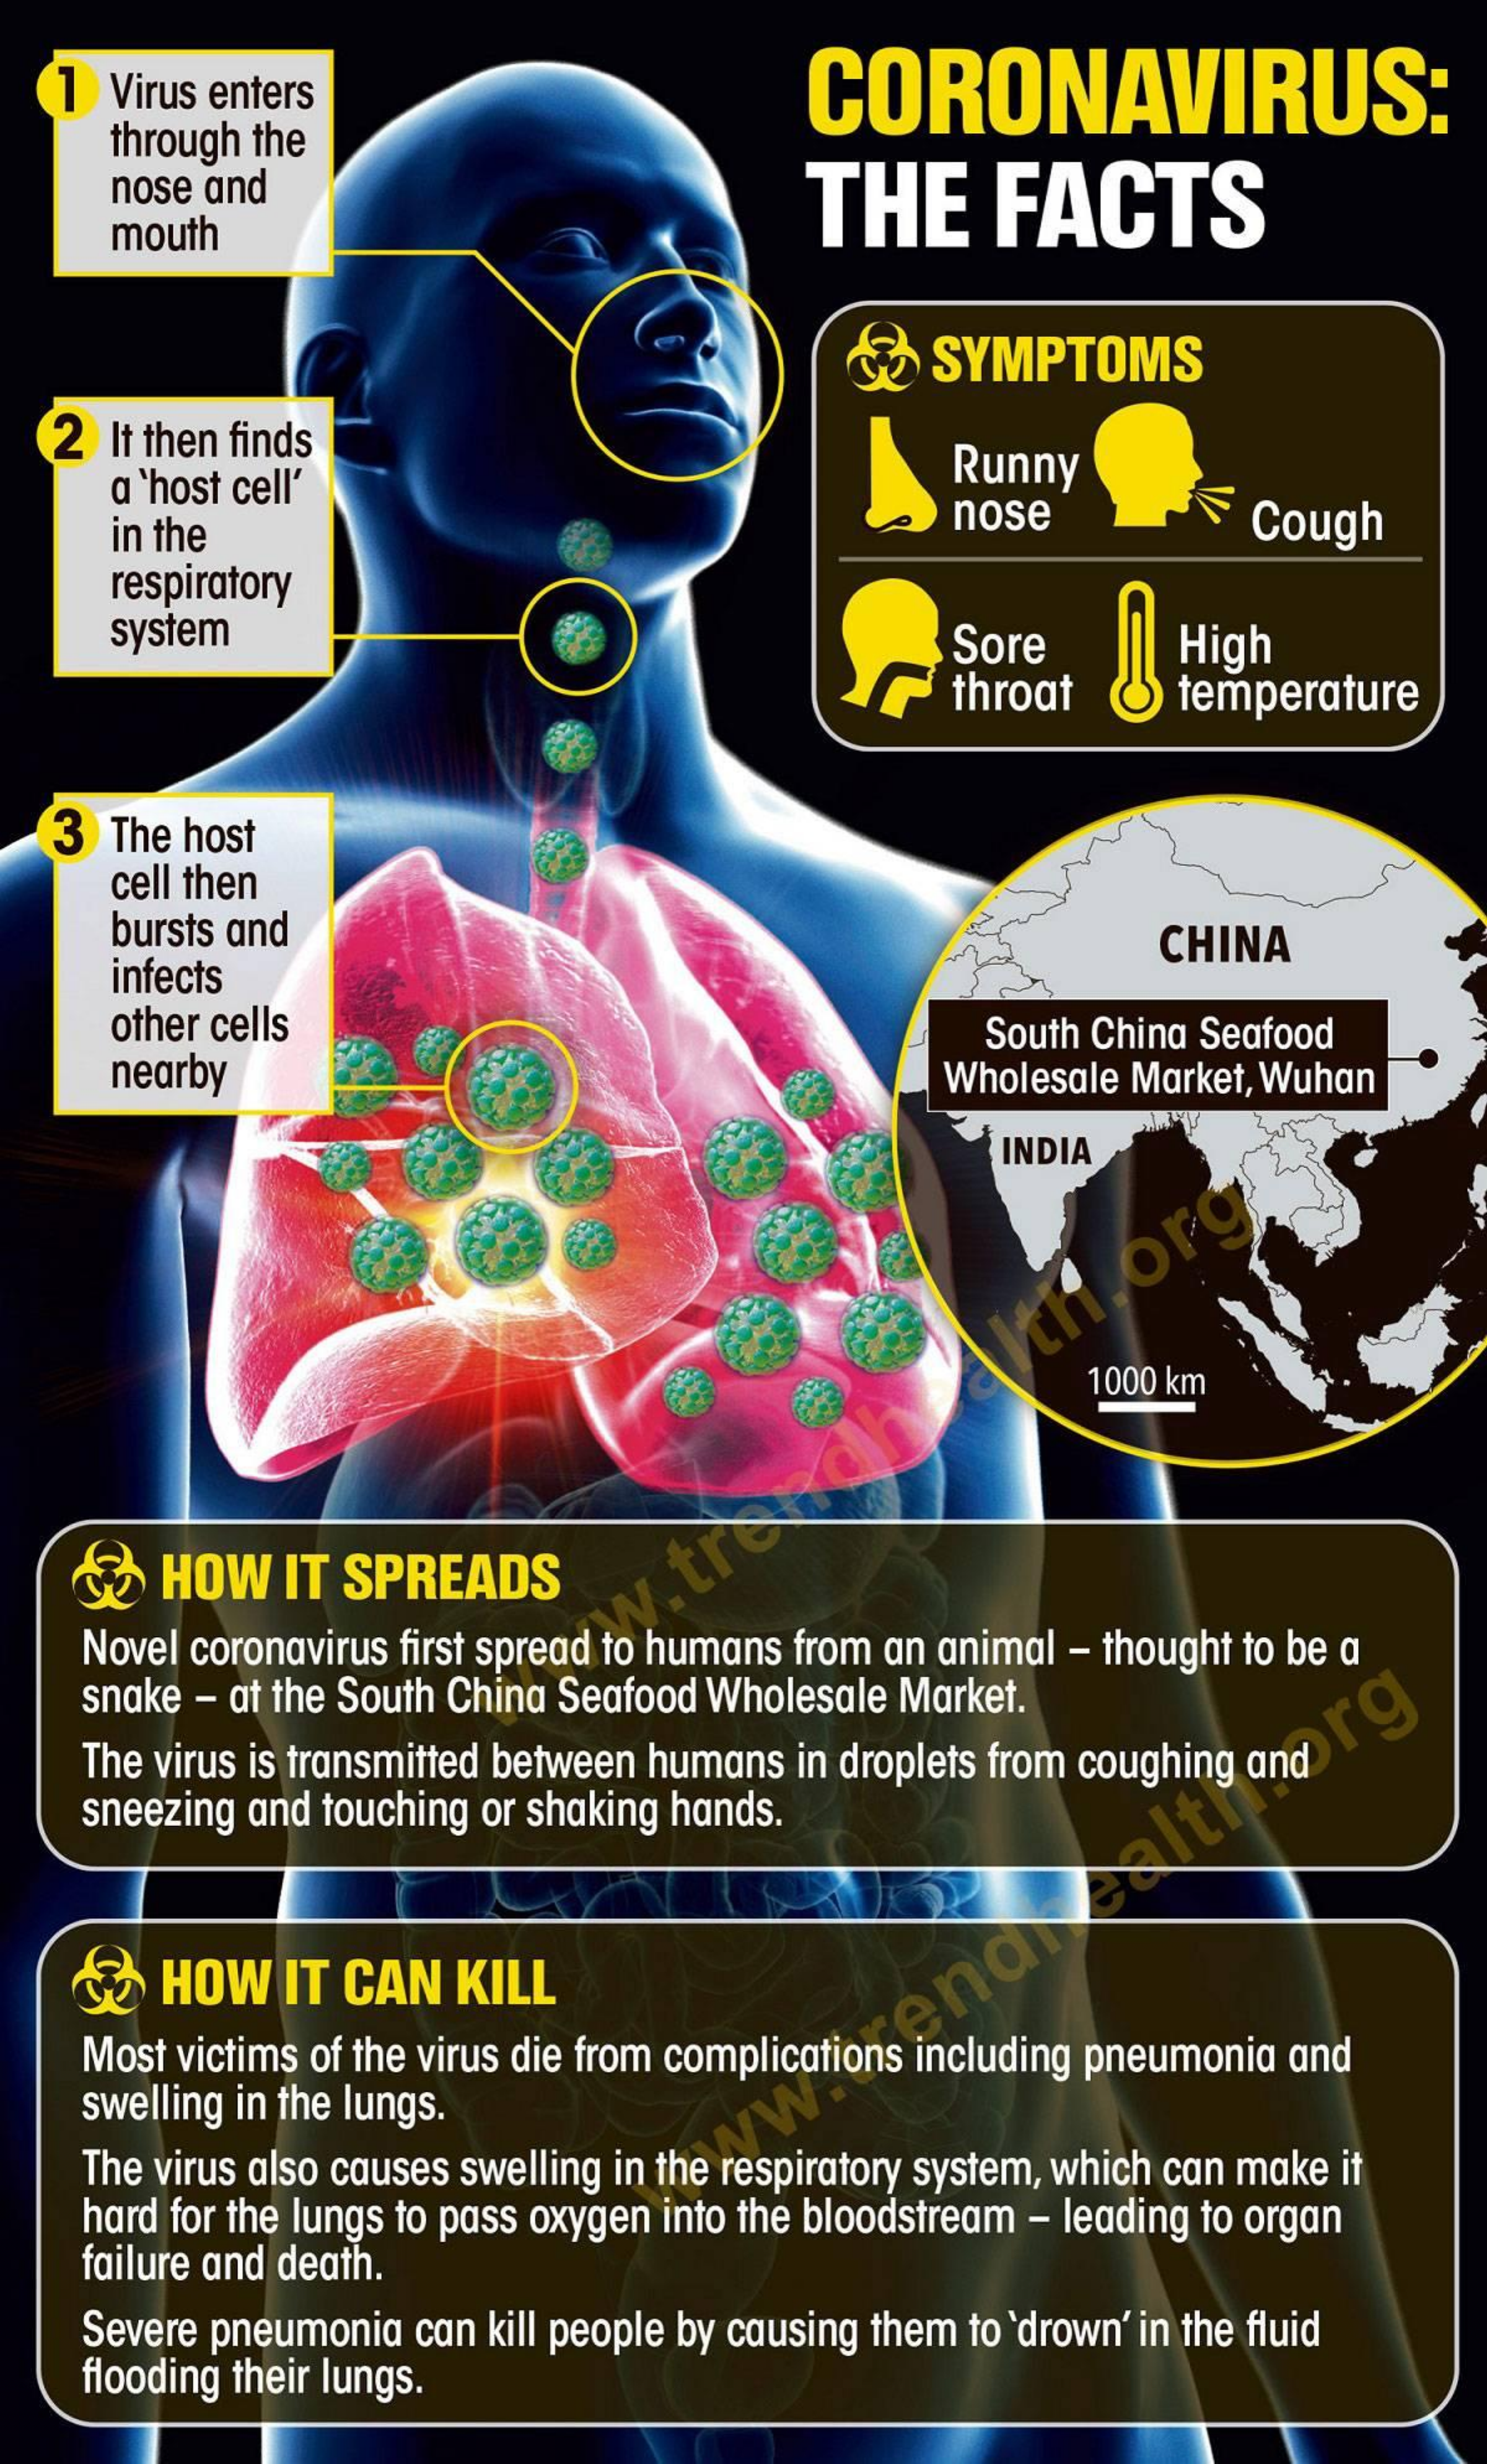
1  Virus enters    CORONAVIRUS:
     through the
     nose and    THE    FACTS
     mouth
     &   SYMPTOMS
   2 It then finds
     a 'host cell'    Runny
     in the
     nose    Cough
     respiratory
     system    Sore    High
     throat    temperature
   3  The host
     cell then
     bursts and
     infects
     CHINA
     other cells
     nearby
     South China Seafood
     Wholesale Market, Wuhan
     INDIA
     Ith
     org
     1000 km
     HOW   IT SPREADS
    Novel coronavirus first spread to humans from an animal - thought to be a
    snake - at the South China Seafood Wholesale Market.
    The virus is transmitted between humans in droplets from coughing and
    sneezing and touching or shaking hands.
     ealth
    &   HOW   IT CAN  KILL
    Most victims of the virus die from complications including pneumonia and
     endi
    swelling in the lungs.
    The virus also causes swelling in the respiratory system, which can make it
    hard for the lungs to pass oxygen into the bloodstream - leading to organ
    failure and death.
    Severe pneumonia can kill people by causing them to 'drown' in the fluid
    flooding their lungs.